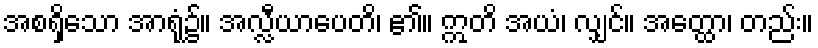
အစရှိသော အာရုံ၌။ အလ္လီယာပေတိ၊ ၏။ ဣတိ အယံ၊ လျှင်။ အတ္ထော၊ တည်း။